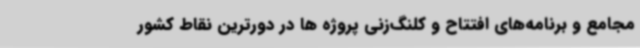
مجامع و برنامه‌های افتتاح و کلنگ‌زنی پروژه ها در دورترین نقاط کشور